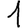
Digit: 1